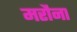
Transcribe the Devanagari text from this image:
मरौना